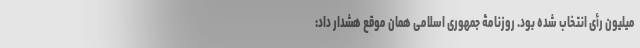
میلیون رأی انتخاب شده بود. روزنامۀ جمهوری اسلامی همان موقع هشدار داد: